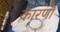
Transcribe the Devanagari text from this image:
कारणॊ